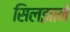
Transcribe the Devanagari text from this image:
सिलझाने